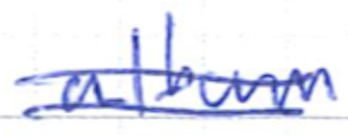
Text: album
Cross-out: double-line
Writing tool: ballpoint